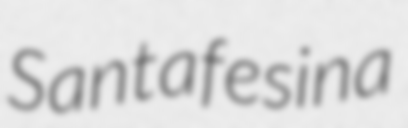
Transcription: Santafesina